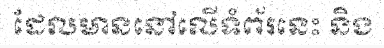
ដែលមាននៅលើទំព័រនេះ និង